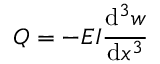
Q = - E I { \cfrac { \mathrm { d } ^ { 3 } w } { \mathrm { d } x ^ { 3 } } }